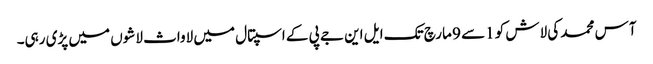
آس محمد کی لاش کو 1سے 9 مارچ تک ایل این جے پی کے اسپتال میں لاواث لاشوں میں پڑی رہی۔